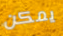
يمكن